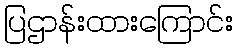
ပြဌာန်းထားကြောင်း